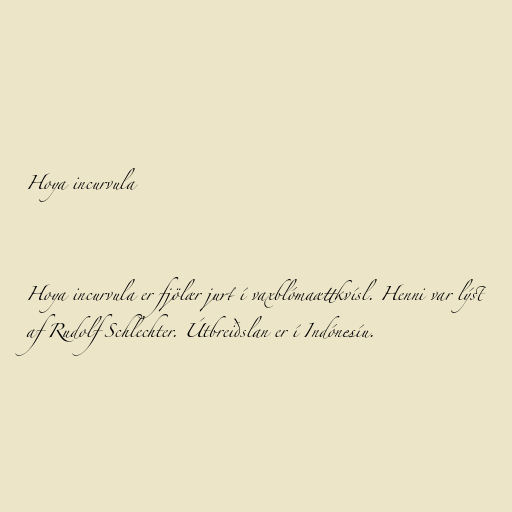
Hoya incurvula

Hoya incurvula er fjölær jurt í vaxblómaættkvísl. Henni var lýst
af Rudolf Schlechter. Útbreiðslan er í Indónesíu.